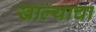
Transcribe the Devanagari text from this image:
खाल्याचा